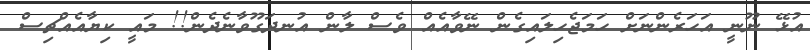
އުޅޭ ނޫނީ އަހަރެންނަށް ހަމަޖެހިލައިގެން ނޭވާއެއް ވެސް ލާން އުނދަގޫވާނެދެން!! މައީ ކިޔާއެއްޗިސް